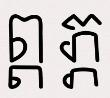
ព្ព ភ្ភ